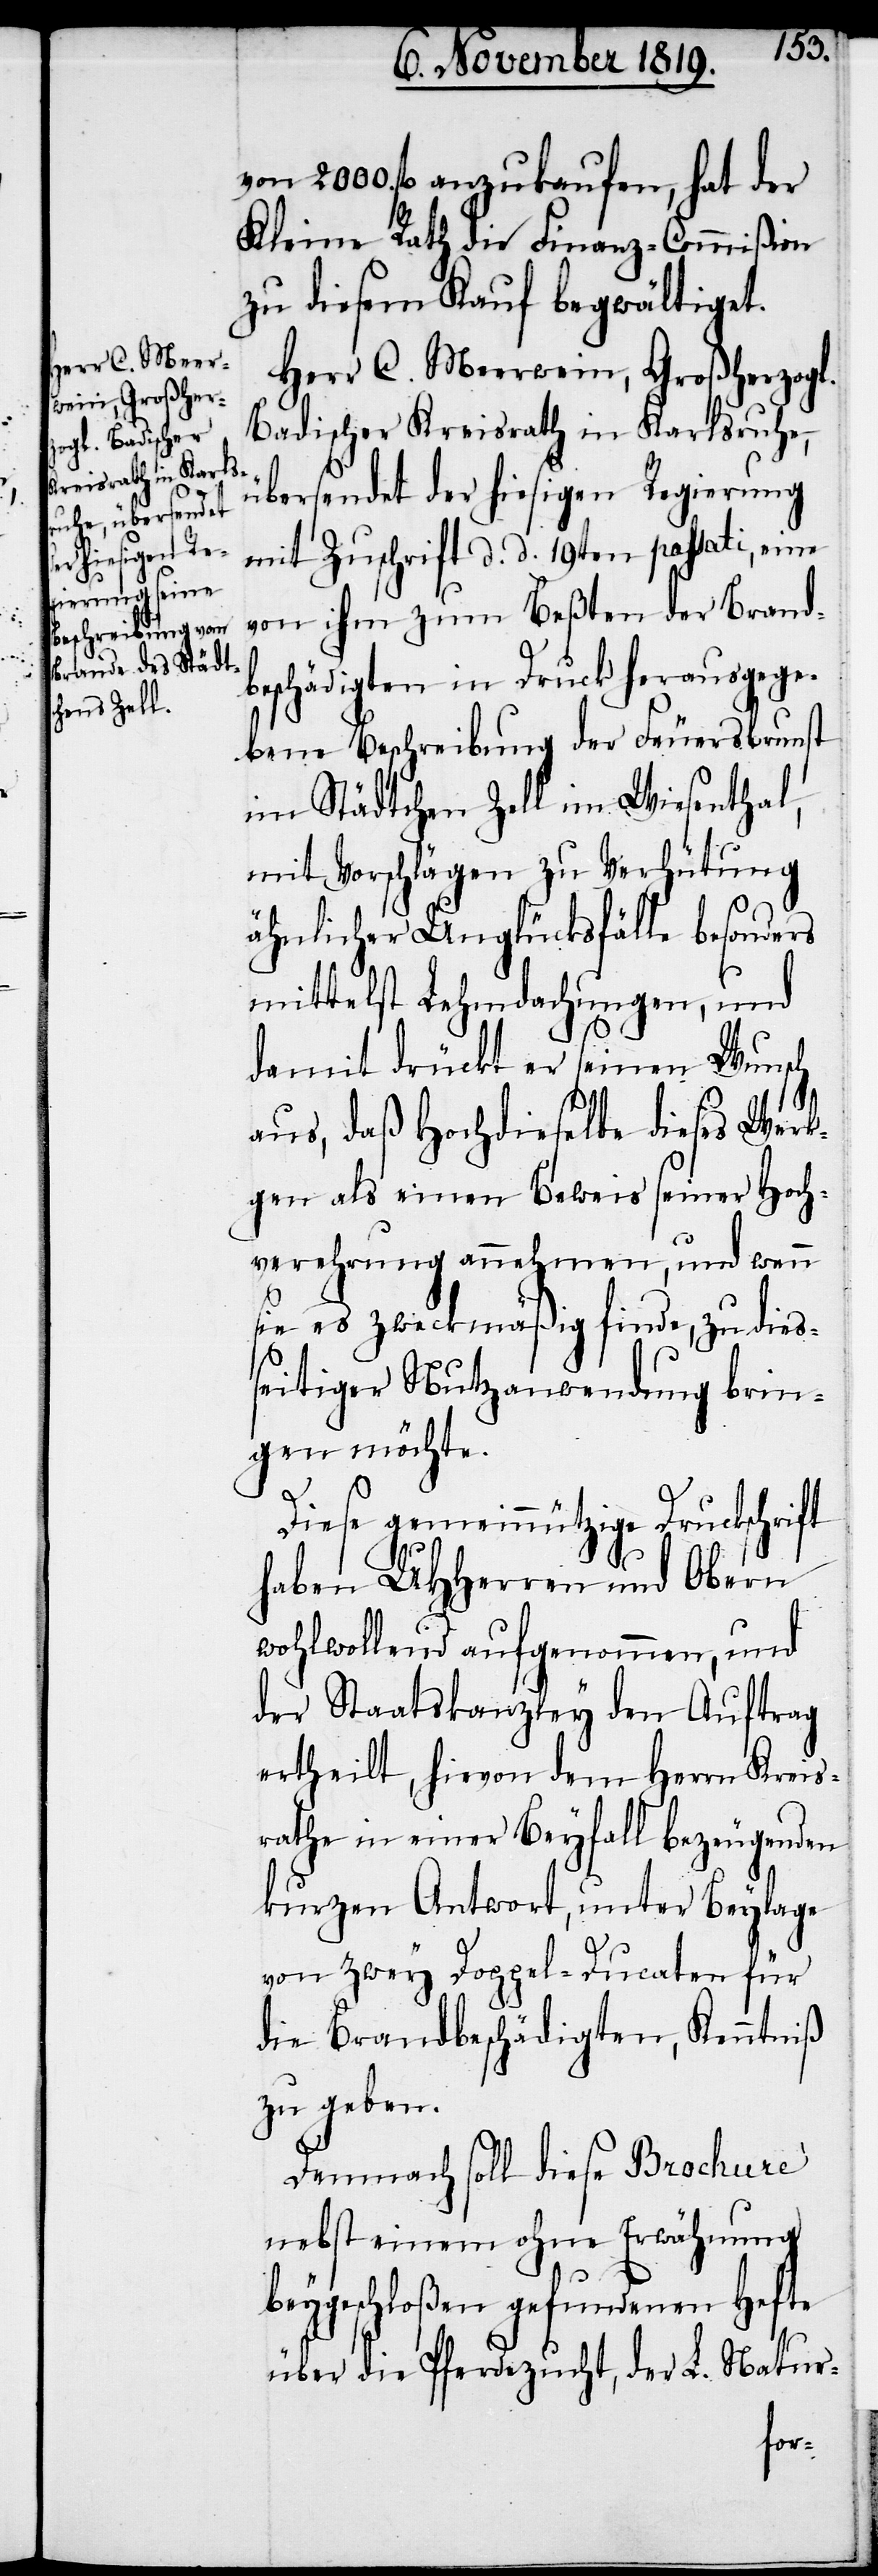
von 2000. fl. anzukaufen, hat der
Kleine Rath die Finanz-Commißion
zu diesem Kauf begwältiget.
Herr C. Meerwein, Großherzogl.
Badischer Kreisrath in Karlsruhe,
übersendet der hiesigen Regierung
mit Zuschrift d. d. 19ten passati, eine
von ihm zum Beßten der Brand¬
beschädigten in Druck herausgege¬
bene Beschreibung der Feuersbrunst
im Städtchen Zell im Wiesenthal,
mit Vorschlägen zu Verhütung
ähnlicher Unglücksfälle besonders
mittelst Lehmdachungen, und
damit drückt er seinen Wunsch
aus, daß hochdieselbe dieses Werk¬
gen als einen Beweis seiner Hoch¬
verehrung annehmen, und wenn
sie es zweckmäßig finde, zu dies¬
seitiger Nutzanwendung brin¬
gen möchte.
Diese gemeinnützige Druckschrift
haben UHHerren und Obern
wohlwollend aufgenommen, und
der Staatskanzley den Auftrag
ertheilt, hievon dem Herrn Kreis¬
rathe in einer Beyfall bezeugenden
kurzen Antwort, unter Beylage
von zwey Doppel-Ducaten für
die Brandbeschädigten, Kenntniß
zu geben.
Demnach soll diese Brochure
nebst einem ohne Erwähnung
beygeschloßen gefundenen Hefte
über die Pferdezucht, der L. Natur-